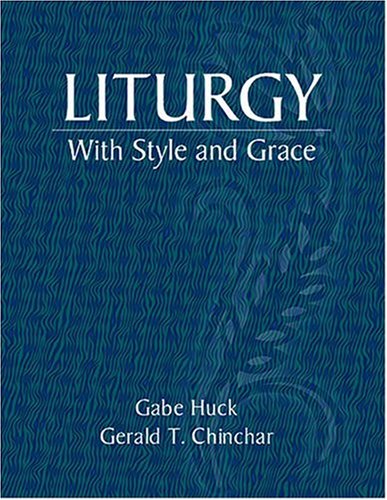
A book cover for Liturgy With Style and Grace; Gabe Huck; Christian Books & Bibles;